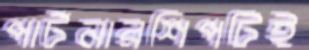
পার্টনারশিপটিই